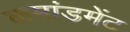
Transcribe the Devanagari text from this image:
कमांडमेंट